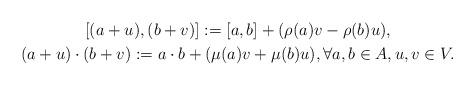
LaTeX: \begin{gather*} [(a+u), (b+v)] := [a,b] + (\rho(a)v - \rho(b)u),\\ (a+u) \cdot (b+v) := a \cdot b + (\mu(a)v + \mu(b)u), \forall a, b \in A, u,v \in V. \end{gather*}